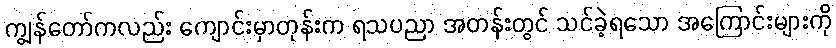
ကျွန်တော်ကလည်း ကျောင်းမှာတုန်းက ရသပညာ အတန်းတွင် သင်ခဲ့ရသော အကြောင်းများကို